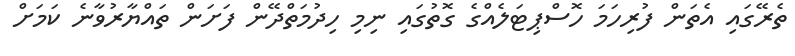
ތެރޭގައި އެތަން ފުރިހަމަ ހޮސްޕިޓަލެއްގެ ގޮތުގައި ނިމި ހިދުމަތްދޭން ފަށަން ތައްޔާރުވާނެ ކަމަށް